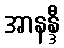
အာနန္ဒီ